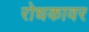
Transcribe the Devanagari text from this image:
रोधकावर